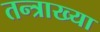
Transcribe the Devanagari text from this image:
तन्त्राख्या